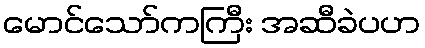
မောင်သော်ကကြီး အဆီခဲပဟ